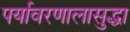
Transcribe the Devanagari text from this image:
पर्यावरणालासुद्धा